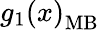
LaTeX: g_{1}\left(x\right)_{\mathrm{MB}}